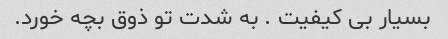
بسیار بی کیفیت . به شدت تو ذوق بچه خورد.